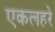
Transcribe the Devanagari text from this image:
एकलहरे